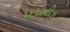
મકાનીઝ